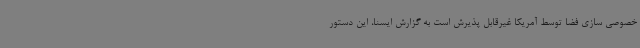
خصوصی سازی فضا توسط آمریکا غیرقابل پذیرش است به گزارش ایسنا، این دستور